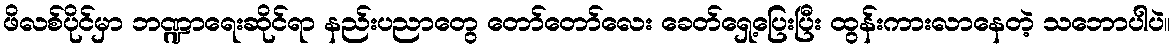
ဖိလစ်ပိုင်မှာ ဘဏ္ဍာရေးဆိုင်ရာ နည်းပညာတွေ တော်တော်လေး ခေတ်ရှေ့ပြေးပြီး ထွန်းကားလာနေတဲ့ သဘောပါပဲ။